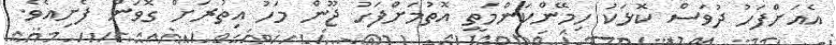
އެއަށްފަހު ދުވަސް ކޮޅަކު ހިމޭންކަންމަތީ އޮތުމަށްފަހު ޖޫން މަހު އިތުރަށް ގޮވަން ފެށިއެވެ.